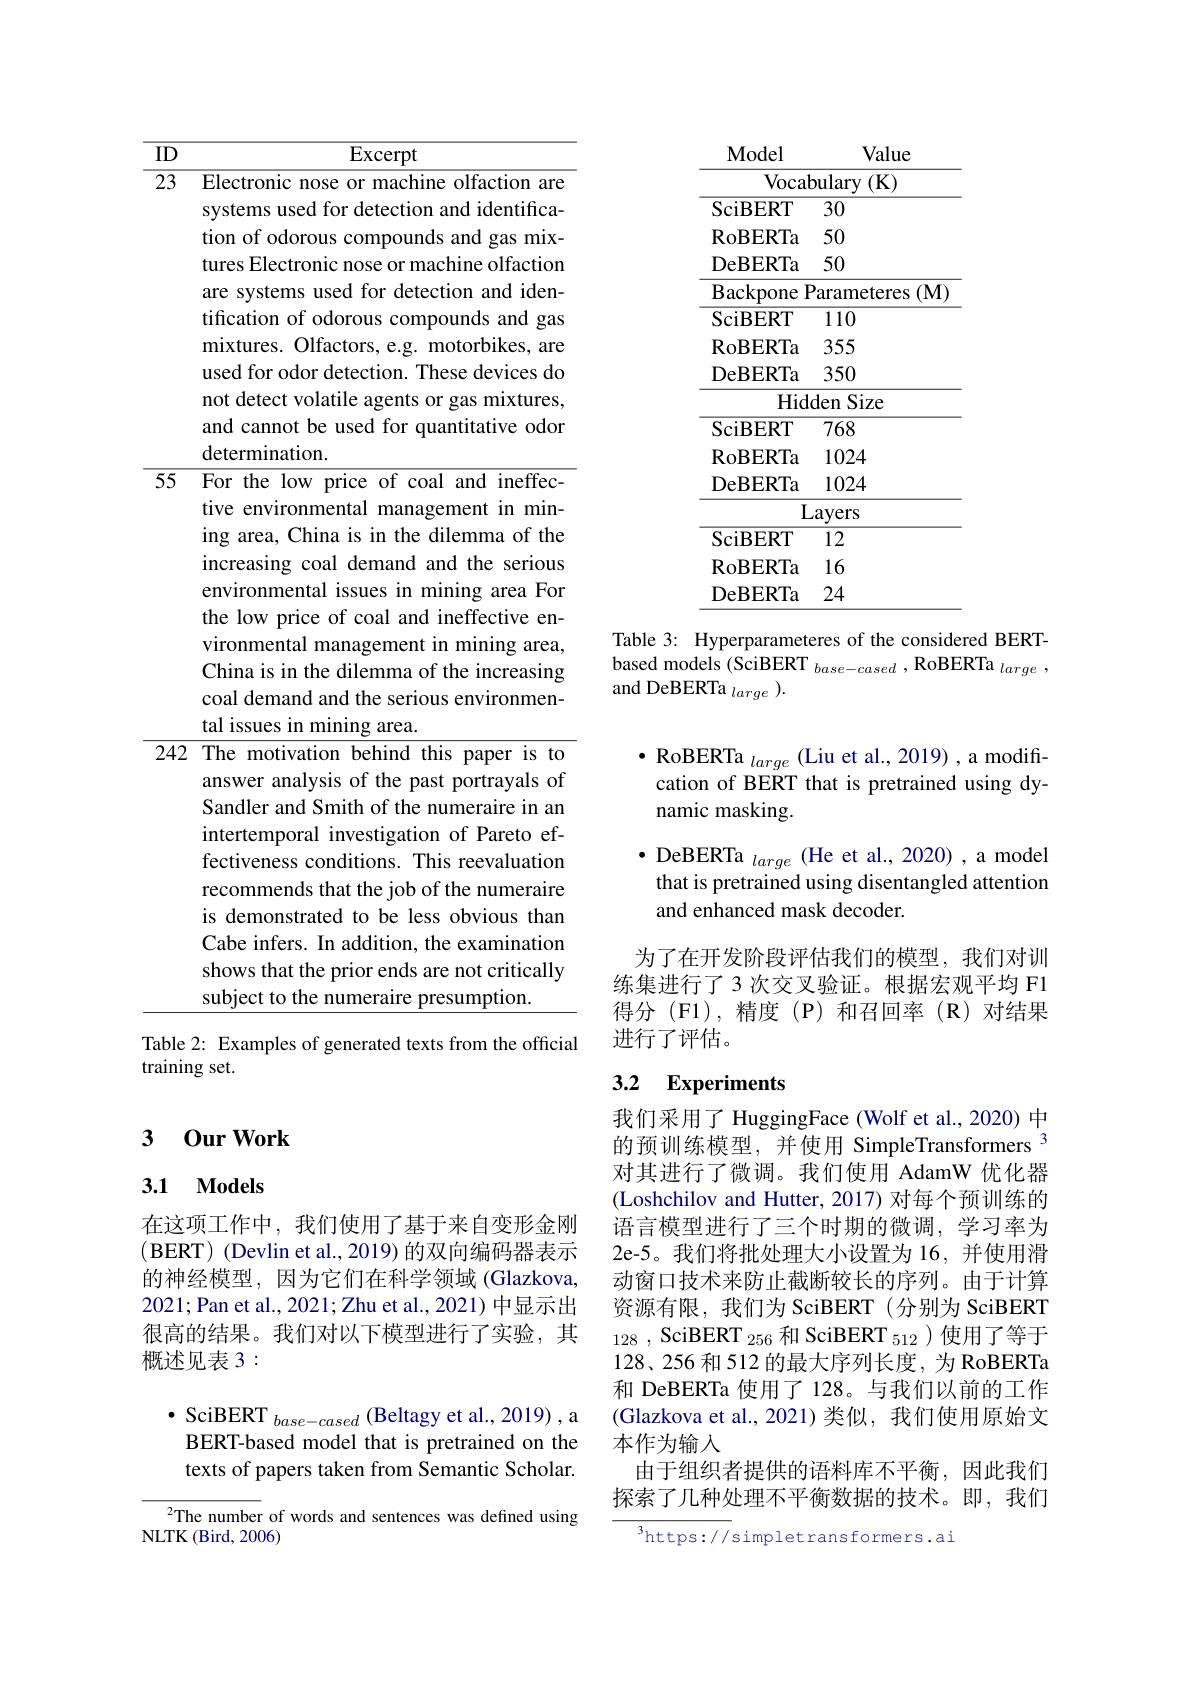
<table>
	<tbody>
		<tr>
			<td rowspan="1">23 55</td>
			<td>Electronic nose or machine olfaction are systems used for detection and identifica- tion of odorous compounds and gas mix- tures Electronic nose or machine olfaction are systems used for detection and iden- tification of odorous compounds and gas mixtures. Olfactors, e.g. motorbikes, are used for odor detection. These devices do not detect volatile agents or gas mixtures, and cannot be used for quantitative odor determination. For the low price of coal and ineffec-</td>
		</tr>
		<tr>
			<td>242</td>
			<td>The motivation behind this paper is to answer analysis of the past portrayals ;0] Sandler and Smith of the numeraire in an intertemporal investigation of Pareto ef- fectiveness conditions. This reevaluation recommends that the job of the numeraire is demonstrated to be less obvious than Cabe infers. In addition, the examination shows that the prior ends are not critically subject to the numeraire presumption.</td>
		</tr>
	</tbody>
</table>
training set.

### 3 0ur Work

### 3.1 Models

在这项工作中，我们使用了基于来自变形金刚(BERT)(Devlin et al., 2019)的双向编码器表示的神经模型，因为它们在科学领域 (Glazkova, 2021;Pan et al., 2021; Zhu et al., 2021) 中显示出很高的结果。我们对以下模型进行了实验，其概述见表 3 :

$\bullet$ SciBERT $_base-cased$ (Beltagy et al., 2019) , a BERT-based model that is pretrained on the texts of papers taken from Semantic Scholar.

${^2\text{The number of words and sentences was defined using}}$
NLTK (Bird, 2006)

<table>
	<tbody>
		<tr>
			<td>Model</td>
			<td>Value</td>
		</tr>
		<tr>
			<td>vocal $\mathbf{SciRFRT}$</td>
			<td>$\operatorname{oulary}\left(\mathbf{K}\right)$ 30</td>
		</tr>
		<tr>
			<td>RoBERTa</td>
			<td>50</td>
		</tr>
		<tr>
			<td>DeBERTa</td>
			<td>50</td>
		</tr>
		<tr>
			<td>$\mathbf{B}:$ ${\mathrm{ackpone}}$ $\textbf{F}$</td>
			<td>$(\mathbf{M})$ arameteres</td>
		</tr>
		<tr>
			<td>L SciBERT</td>
			<td>110</td>
		</tr>
		<tr>
			<td>RoBERTa</td>
			<td>355</td>
		</tr>
		<tr>
			<td>$0\boldsymbol{w}un\boldsymbol{v}$ DeBERTa</td>
			<td>350</td>
		</tr>
		<tr>
			<td>Hid</td>
			<td>den Size</td>
		</tr>
		<tr>
			<td>SciBERT</td>
			<td> 768</td>
		</tr>
		<tr>
			<td>RoBERTa</td>
			<td>1024</td>
		</tr>
		<tr>
			<td>DeBERTa</td>
			<td>1024</td>
		</tr>
		<tr>
			<td>$\textbf{L}$</td>
			<td>ayers</td>
		</tr>
		<tr>
			<td>SciBERT</td>
			<td>V 12</td>
		</tr>
		<tr>
			<td>RoBERTa</td>
			<td>16</td>
		</tr>
		<tr>
			<td>DeBERTa</td>
			<td>24</td>
		</tr>
	</tbody>
</table>

Table 3: Hyperparameteres of the considered BERTbased models (SciBERT $_base-cased$,RoBERTa$_large$, and DeBERTa $_large$ ).

$\bullet$ RoBERTa $_large$ (Liu et al., 2019), a modification of BERT that is pretrained using dynamic masking.
$\bullet$ DeBERTa $_large$ (He et al., 2020), a model
that is pretrained using disentangled attention
and enhanced mask decoder.

为了在开发阶段评估我们的模型，我们对训练集进行了 3 次交叉验证。根据宏观平均 F1得分(F1),精度(P)和召回率(R)对结果进行了评估。

### 3.2 $\mathbf{Experiments}$

我们采用了 HuggingFace (Wolf et al., 2020) 中的预训练模型，并使用 SimpleTransformers $^{3}$ 对其进行了微调。我们使用 AdamW 优化器(Loshchilov and Hutter, 2017) 对每个预训练的语言模型进行了三个时期的微调，学习率为2e-5。我们将批处理大小设置为 16,并使用滑动窗口技术来防止截断较长的序列。由于计算资源有限，我们为 SciBERT(分别为 SciBERT $_{128}$ , $\text{SciBERT }_{256}$和 SciBERT $_{512}$ )使用了等于128、256 和 512 的最大序列长度，为 RoBERTa 和 DeBERTa 使用了 128。与我们以前的工作(Glazkova et al.,2021)类似，我们使用原始文本作为输入
由于组织者提供的语料库不平衡，因此我们探索了几种处理不平衡数据的技术。即，我们

$^{3}$https://simpletransformers.ai